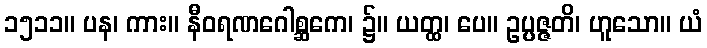
၁၅၁၁။ ပန၊ ကား။ နီဝရဏဂေါစ္ဆကေ၊ ၌။ ယတ္ထ၊ ပေ။ ဥပ္ပဇ္ဇတိ၊ ဟူသော။ ယံ